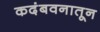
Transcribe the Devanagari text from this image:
कदंबवनातून